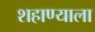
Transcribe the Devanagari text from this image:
शहाण्याला